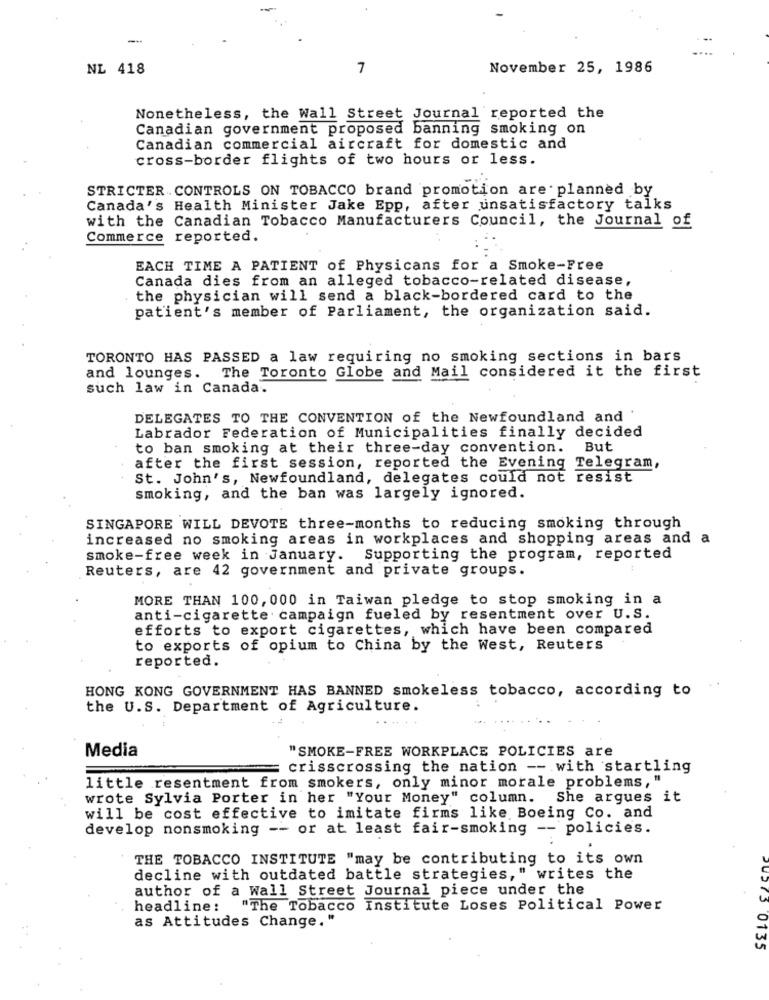
-
NL 418
7
November 25, 1986
Nonetheless, the Wall Street Journal reported the
Canadian government proposed banning smoking on
Canadian commercial aircraft for domestic and
cross-border flights of two hours or less.
STRICTER CONTROLS ON TOBACCO brand promotion are planned by
Canada's Health Minister Jake Epp, after unsatisfactory talks
with the Canadian Tobacco Manufacturers Council, the Journal of
Commerce reported.
EACH TIME A PATIENT of Physicans for a Smoke-Free
Canada dies from an alleged tobacco-related disease,
the physician will send a black-bordered card to the
patient's member of Parliament, the organization said.
TORONTO HAS PASSED a law requiring no smoking sections in bars
and lounges. The Toronto Globe and Mail considered it the first
such law in Canada.
DELEGATES TO THE CONVENTION of the Newfoundland and '
Labrador Federation of Municipalities finally decided
to ban smoking at their three-day convention. But
after the first session, reported the Evening Telegram,
St. John's, Newfoundland, delegates could not resist
smoking, and the ban was largely ignored.
SINGAPORE WILL DEVOTE three-months to reducing smoking through
increased no smoking areas in workplaces and shopping areas and a
smoke-free week in January. Supporting the program, reported
Reuters, are 42 government and private groups.
MORE THAN 100, 000 in Taiwan pledge to stop smoking in a
anti-cigarette campaign fueled by resentment over U.S.
efforts to export cigarettes, which have been compared
to exports of opium to China by the West, Reuters
reported.
HONG KONG GOVERNMENT HAS BANNED smokeless tobacco, according to
the U.S. Department of Agriculture.
Media
"SMOKE-FREE WORKPLACE POLICIES are
crisscrossing the nation -- with startling
little resentment from smokers, only minor morale problems, "
wrote Sylvia Porter in her "Your Money" column. She argues it
will be cost effective to imitate firms like Boeing Co. and
develop nonsmoking -- or at least fair-smoking -- policies.
THE TOBACCO INSTITUTE "may be contributing to its own
decline with outdated battle strategies," writes the
author of a Wall Street Journal piece under the
headline:
"The Tobacco Institute Loses Political Power
as Attitudes Change."
2U275 0135